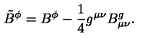
{ \tilde { B } } ^ { \phi } = B ^ { \phi } - \frac { 1 } { 4 } g ^ { \mu \nu } B _ { \mu \nu } ^ { g } .